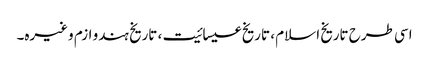
اسی طرح تاریخ اسلام ، تاریخ عیسائیت ، تاریخ ہندو ازم وغیرہ۔